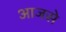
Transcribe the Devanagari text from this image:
आजसे